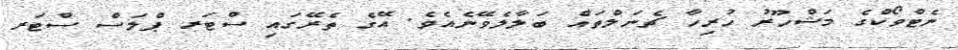
ނެޓްވޯކްގެ މަޝްހޫރު ހުރިހާ ޗެނަލްތައް ބަލާލެވޭނެއެވެ. އޭގެ ތެރޭގައި ސްޓަރ ޕްލަސް ސްޓަރ